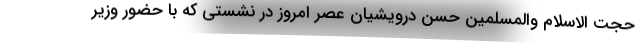
حجت الاسلام والمسلمین حسن درویشیان عصر امروز در نشستی که با حضور وزیر